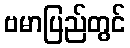
ဗမာပြည်တွင်